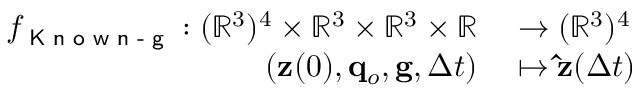
\begin{array} { r l } { f _ { \textsf { K n o w n - g } } : ( \mathbb R ^ { 3 } ) ^ { 4 } \times \mathbb { R } ^ { 3 } \times \mathbb { R } ^ { 3 } \times \mathbb R } & { { } \to ( \mathbb R ^ { 3 } ) ^ { 4 } } \\ { ( \mathbf { z } ( 0 ) , \mathbf { q } _ { o } , \mathbf { g } , \Delta t ) } & { { } \mapsto \mathbf { \hat { z } } ( \Delta t ) } \end{array}